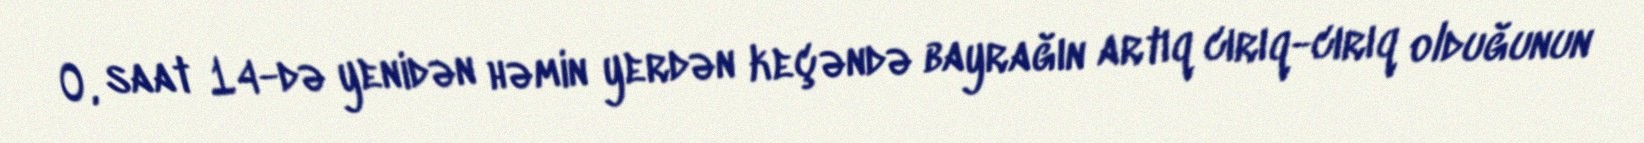
O, saat 14-də yenidən həmin yerdən keçəndə bayrağın artıq cırıq-cırıq olduğunun